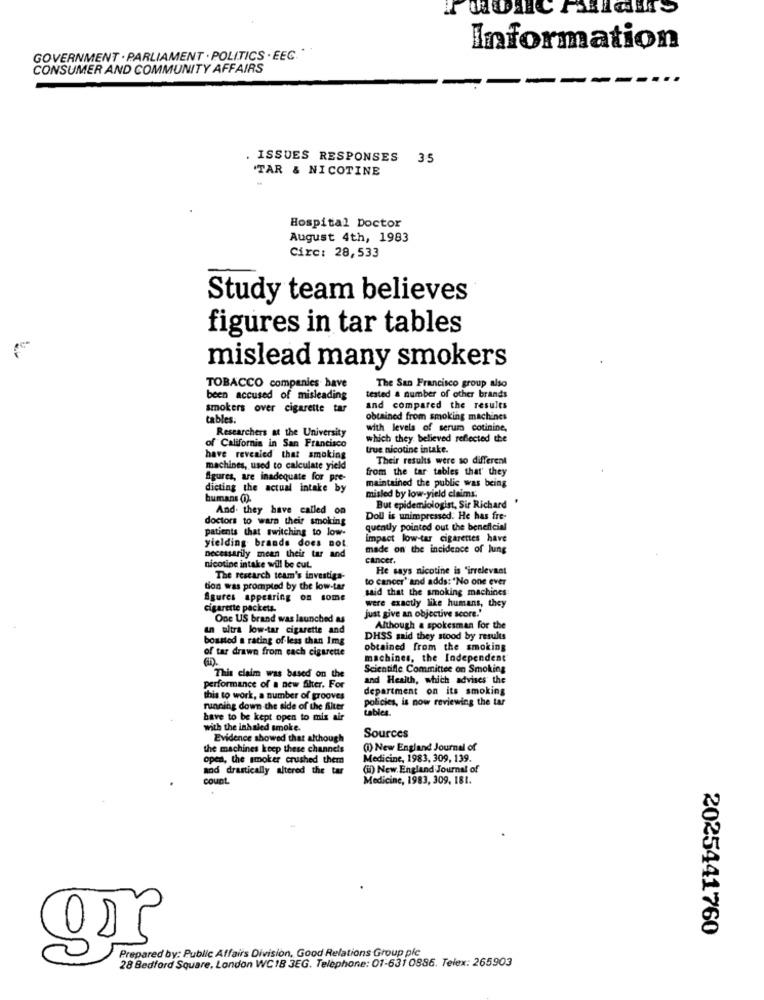
Information
GOVERNMENT . PARLIAMENT . POLITICS . EEC. "
CONSUMER AND COMMUNITY AFFAIRS
. ISSUES RESPONSES
35
'TAR & NICOTINE
Hospital Doctor
August 4th, 1983
Circ: 28,533
Study team believes
figures in tar tables
mislead many smokers
The San Francisco group also
TOBACCO companies have
been accused of misleading
tested a number of other brands
smokers over cigarette tar
and compared the results
tables.
obtained from smoking machines
with levels of serum cotinine,
Researchers at the University
which they believed reflected the
of California in San Francisco
true nicotine intake.
have revealed that smoking
Their results were so different
machines, used to calculate yield
from the tar tables that' they
figures, are inadequate for pre-
dieting the actual intake by
maintained the public was being
humans (0).
misled by low-yield claims.
And. they have called on
But epidemiologist, Sir Richard
doctors to warn their smoking
Doll is unimpressed. He has fre-
patients that switching to low-
quently pointed out the beneficial
Impact low-tar cigarettes have
yielding brands does not.
necessarily mean their tar and
made on the incidence of lung
cancer.
nicotine intake will be cut.
He says nicotine is "irrelevant
The research team's investiga-
to cancer' and adds: "No one ever
tion was prompted by the low-tar
said that the smoking machines
Agures appearing on some
were exactly like humans, they
cigarette packets.
One US brand was launched as
just give an objective score.'
uns ultra low-tar cigarette and
Although a spokesman for the
boasted a rating of less than 1mg
DHSS said they stood by results
of tar drawn from each cigarette
obtained from the smoking
machines, the Independent
Scientific Committee on Smoking
This claim was based on the
and Health, which advises the
performance of a new fiher. For
department on its smoking
this to work, a number of grooves
policies, is now reviewing the tar
running down the side of the filter
tables.
have to be kept open to mix air
with the inhaled smoke.
Evidence showed that although
Sources
the machines keep these channels
(1) New England Journal of
open, the smoker crushed them
Medicine, 1983, 309, 139.
and drastically altered the tar
(ii) New England Journal of
count
Medicine, 1983, 309. 181.
C
2025441760
Prepared by: Public Affairs Division, Good Relations Group plc
28 Bedford Square, London WC18 3EG. Telephone: 01-631 0886. Telex: 265903